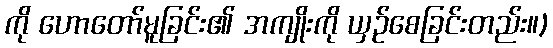
ကို ဟောတော်မူခြင်း၏ အကျိုးကို ယှဉ်စေခြင်းတည်း။)